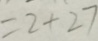
= 2 + 2 7